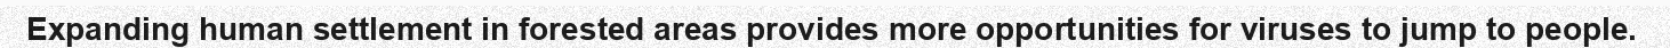
Expanding human settlement in forested areas provides more opportunities for viruses to jump to people.